Leaving Certificate Examination, 1916
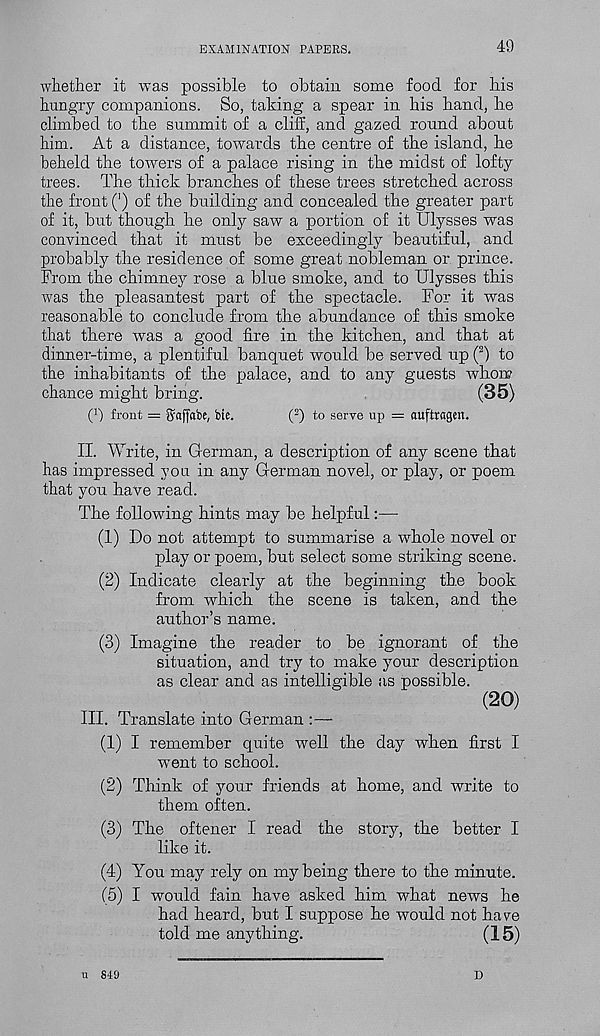
EXAMINATION PAPERS.
49
whether it was possible to obtain some food for his
hungry companions. So, taking a spear in his hand, he
climbed to the summit of a cliff, and gazed round about
him. At a distance, towards the centre of the island, he
beheld the towers of a palace rising in the midst of lofty
trees. The thick branches of these trees stretched across
the front (') of the building and concealed the greater part
of it, but though he only saw a portion of it Ulysses was
convinced that it must be exceedingly beautiful, and
probably the residence of some great nobleman or prince.
From the chimney rose a blue smoke, and to Ulysses this
was the pleasantest part of the spectacle. For it was
reasonable to conclude from the abundance of this smoke
that there was a good fire in the kitchen, and that at
dinner-time, a plentiful banquet would be served up ( 2 ) to
the inhabitants of the palace, and to any guests whom
chance might bring.
(35)
Q front = Sflffabe, tie.
( 2 ) to serve up = auftragen.
II. Write, in German, a description of any scene that
has impressed you in any German novel, or play, or poem
that you have read.
The following hints may be helpful:—-
(1) Do not attempt to summarise a whole novel or
play or poem, but select some striking scene.
(2) Indicate clearly at the beginning the book
from which the scene is taken, and the
author’s name.
(3) Imagine the reader to be ignorant of the
situation, and try to make your description
as clear and as intelligible as possible.
(20)
III. Translate into German :—
(1) I remember quite well the day when first I
went to school.
(2) Think of your friends at home, and write to
them often.
(3) The oftener I read the story, the better I
like it.
(4) You may rely on my being there to the minute.
(5) I would fain have asked him what news he
had heard, but I suppose he would not have
told me anything.
(15)
u sig
D